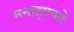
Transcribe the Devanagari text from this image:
मनाइएको